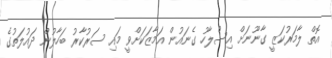
އޮތް ލާމަރުކަޒީ ގާނޫނަށް އިސްލާހު ގެނައުން އަމާޒަކަށްވީ މައި ސަރުކާރު ބަހާލުން ދައުލަތުގެ